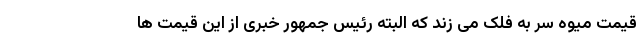
قیمت میوه سر به فلک می زند که البته رئیس جمهور خبری از این قیمت ها